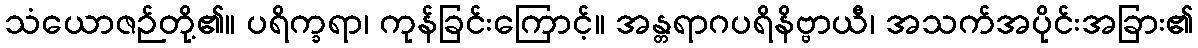
သံယောဇဉ်တို့၏။ ပရိက္ခရာ၊ ကုန်ခြင်းကြောင့်။ အန္တရာဂပရိနိဗ္ဗာယီ၊ အသက်အပိုင်းအခြား၏